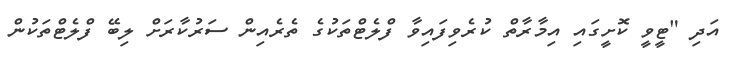
އަދި "ޓީވީ ކޮށީގައި އިމާރާތް ކުރެވިފައިވާ ފްލެޓްތަކުގެ ތެރެއިން ސަރުކާރަށް ލިބޭ ފްލެޓްތަކުން